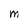
Character: M